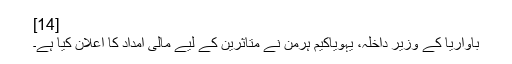
[14]
باواریا کے وزیر داخلہ، یہویاکیم ہرمن نے متاثرین کے لیے مالی امداد کا اعلان کیا ہے۔